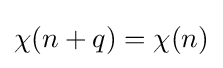
{\textstyle \chi (n+q)=\chi (n)}